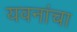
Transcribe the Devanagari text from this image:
यवनांचा